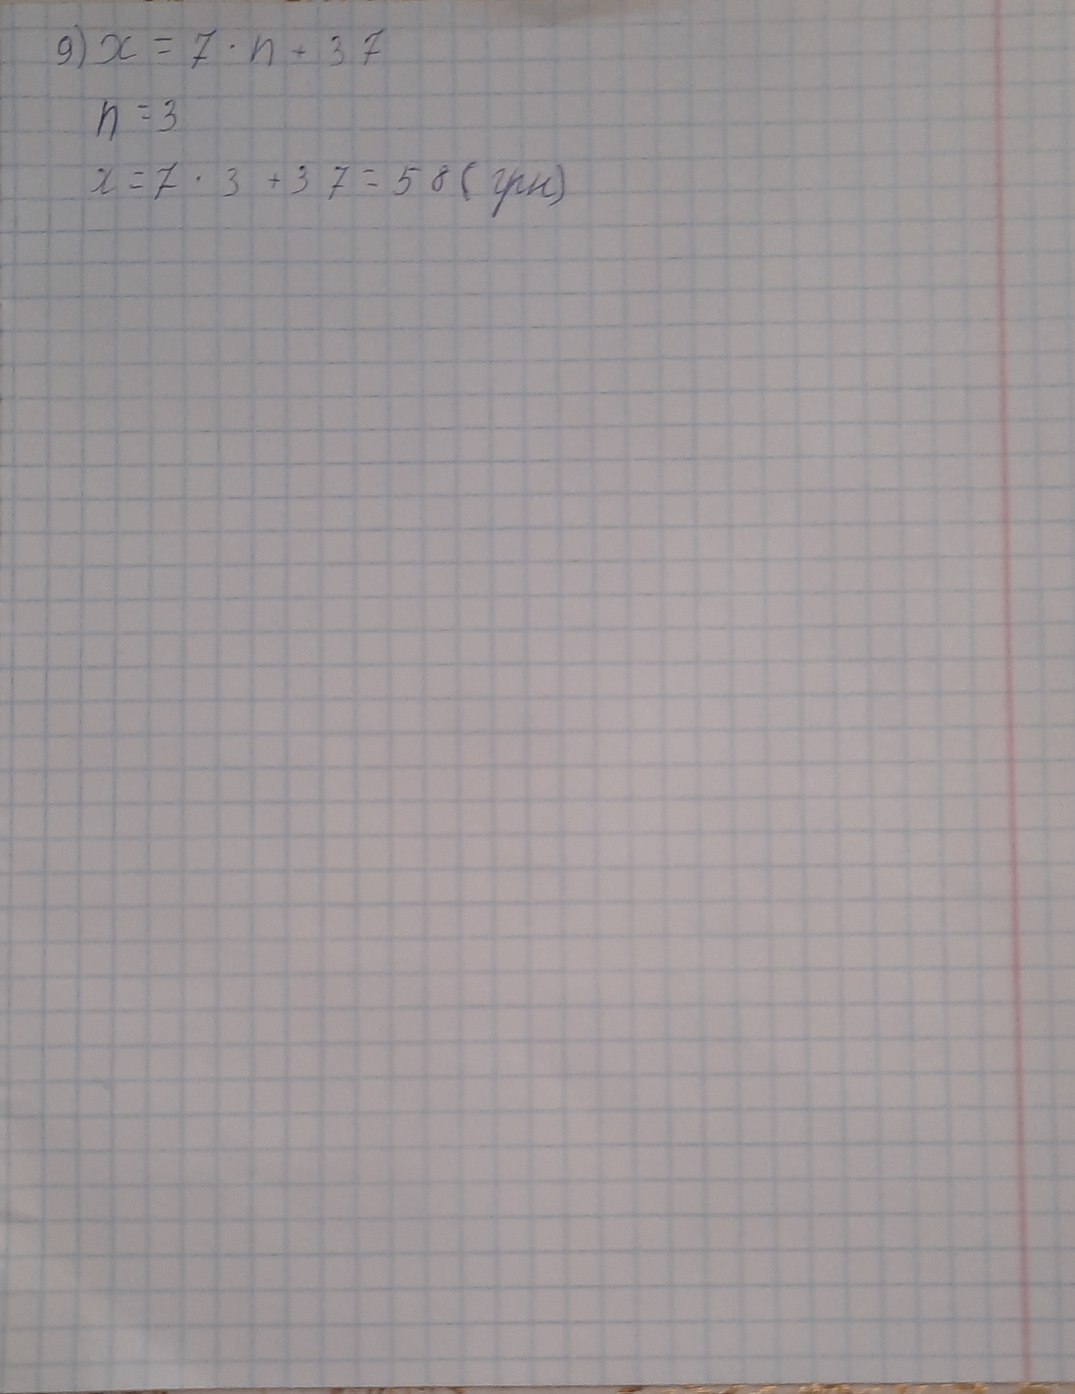
9) x = 7 * n + 37
n = 3
x = 7 * 3 + 37 = 58 (грн)